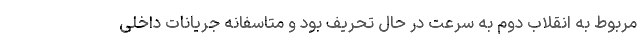
مربوط به انقلاب دوم به سرعت در حال تحریف بود و متاسفانه جریانات داخلی